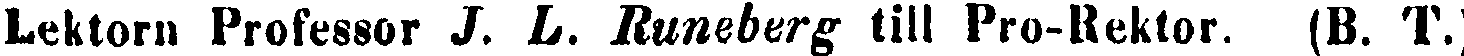
Lektorn Professor J. L. Runeberg till Pro-Rektor. (B. T.)